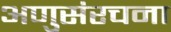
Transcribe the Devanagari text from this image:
अणुसंरचना